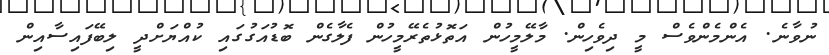
ނުވާނެ. އެންމެންވެސް މީ ދިވެހިން. މާލޭމީހުން އަތޮޅުތެރޭމީހުން ފެލާގެން ބޮޑުއަގުގައި ކުއްޔަށްދީ ލިބޭފައިސާއިން